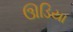
ઊડિયા